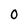
Character: 0